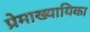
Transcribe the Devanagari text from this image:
प्रेमाख्यायिका